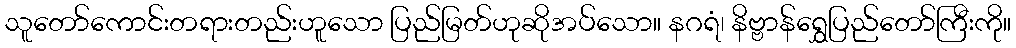
သူတော်ကောင်းတရားတည်းဟူသော ပြည်မြတ်ဟုဆိုအပ်သော။ နဂရံ၊ နိဗ္ဗာန်ရွှေပြည်တော်ကြီးကို။